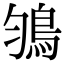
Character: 𩿃